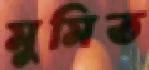
মুমিত